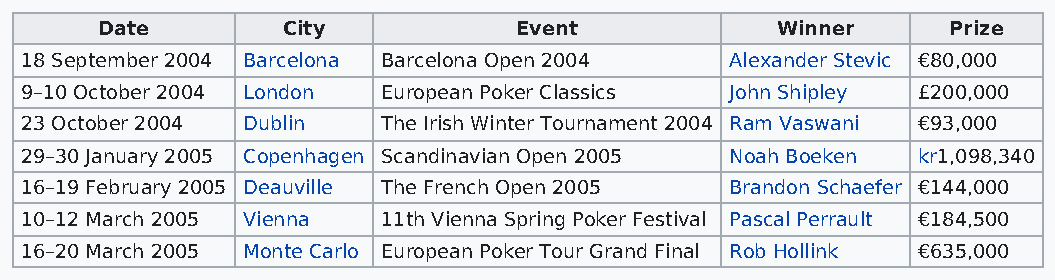
Date         City           Event            Winner      Prize
 18 September 2004 Barcelona Barcelona Open 2004 Alexander Stevic €80,000
 9–10 October 2004 London European Poker Classics John Shipley £200,000
 23 October 2004 Dublin  The Irish Winter Tournament 2004 Ram Vaswani €93,000
 29–30 January 2005 Copenhagen Scandinavian Open 2005 Noah Boeken kr1,098,340
 16–19 February 2005 Deauville The French Open 2005 Brandon Schaefer €144,000
 10–12 March 2005 Vienna 11th Vienna Spring Poker Festival Pascal Perrault €184,500
 16–20 March 2005 Monte Carlo European Poker Tour Grand Final Rob Hollink €635,000